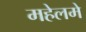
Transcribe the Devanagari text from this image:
महेलमे